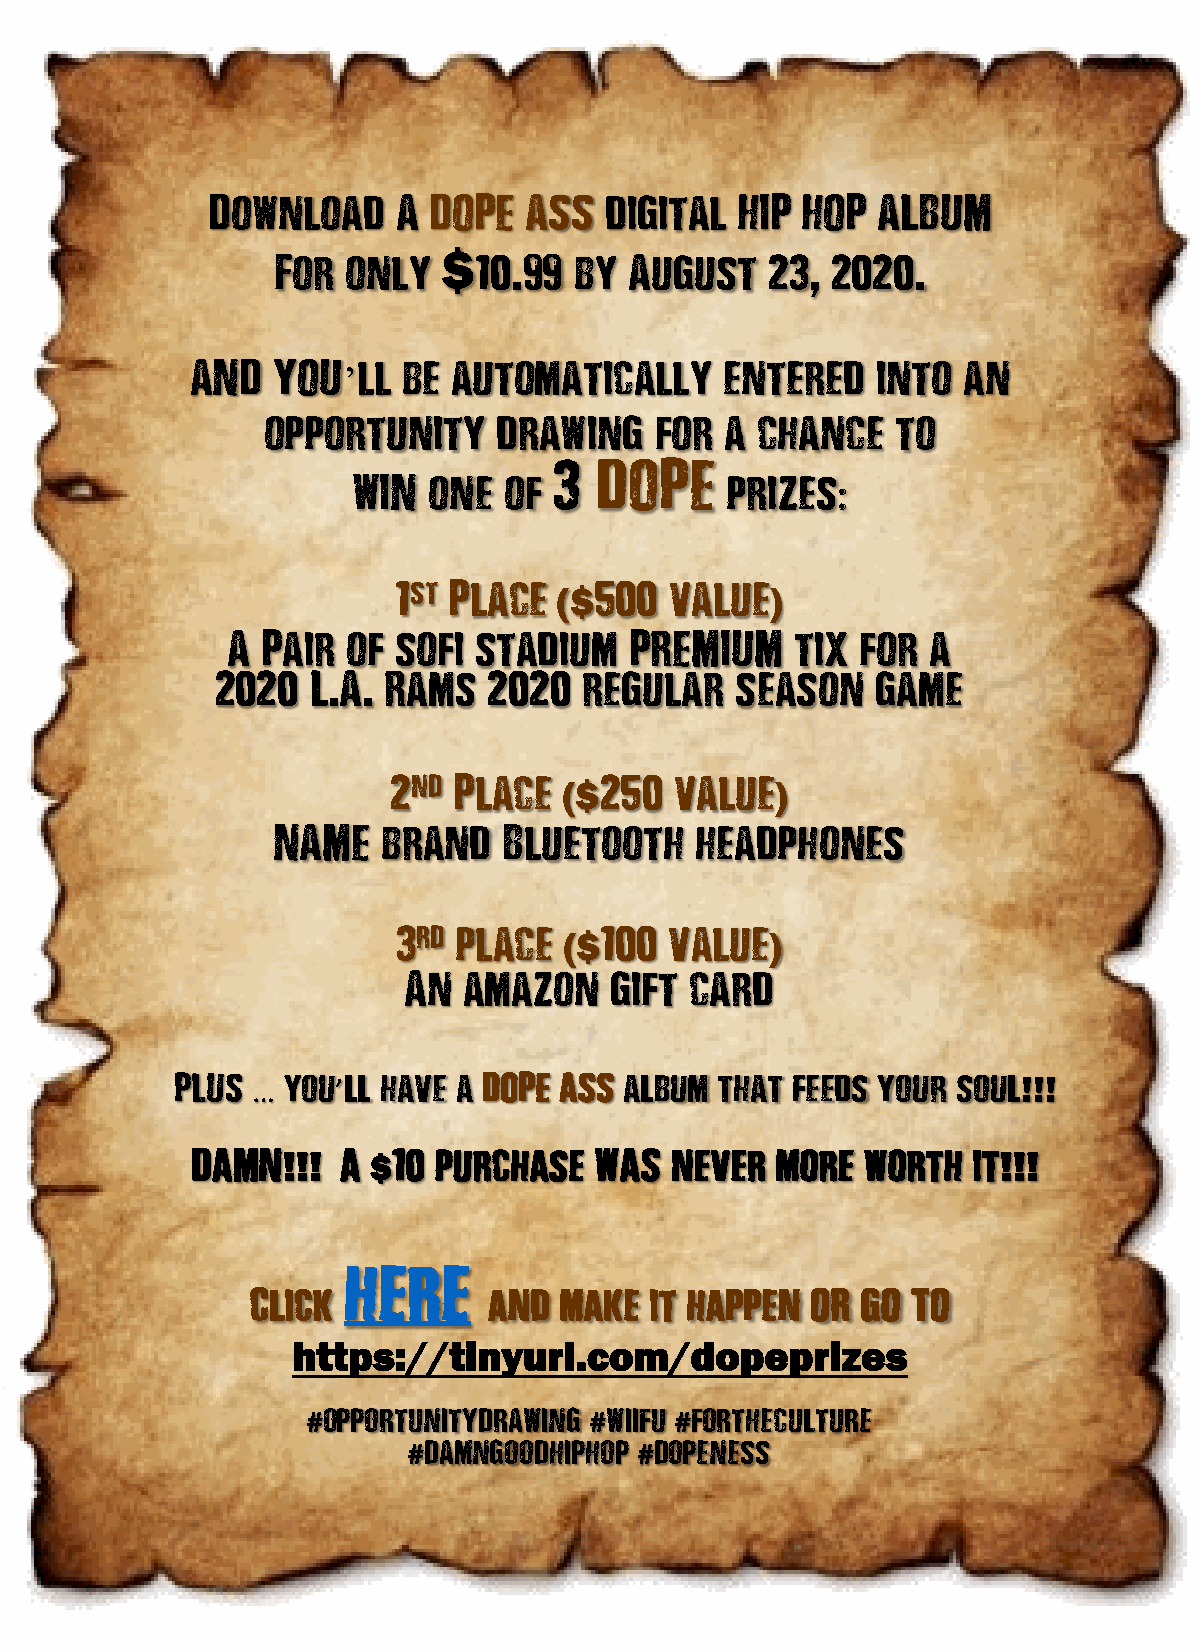
Download    A DOPE   ASS  digital  HIP HOP  ALBUM
 For  only  $10   99 by  August   23  2020
 .                   ,      .
 AND  YOU   ll be automatically     entered   into  an
 ’
 opportunity     drawing   for  a chance   to
 3 DOPE
 WIN  one  of             prizes
 :
 1st Place?   500  value
 ($            )
 A Pair  of sofi stadium    PREMIUM    tix for  a
 2020  L A  Rams   2020   regular   season   game
 . .
 2nd Place     250  value
 ($            )
 NAME   brand   Bluetooth    headphones
 3rd place     100 value
 ($            )
 An  amazon   gift  card
 PLUS
 …
 you ’ll have a DOPE ASS album that feeds your soul!!!
 DAMN!!!?  A $10 purchase  WAS  never  more  worth  it!!!
 here
 Click          and  make  it happen  OR GO TO
 https://tinyurl.com/dopeprizes
 opportunitydrawing wiifu fortheculture
 #                  #     #
 damngoodhiphop dopeness
 #              #